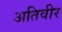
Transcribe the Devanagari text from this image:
अतिवीर